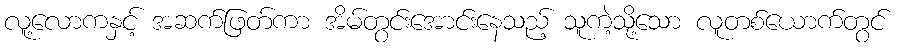
လူ့လောကနှင့် အဆက်ဖြတ်ကာ အိမ်တွင်းအောင်းနေသည့် သူကဲ့သို့သော လူတစ်ယောက်တွင်